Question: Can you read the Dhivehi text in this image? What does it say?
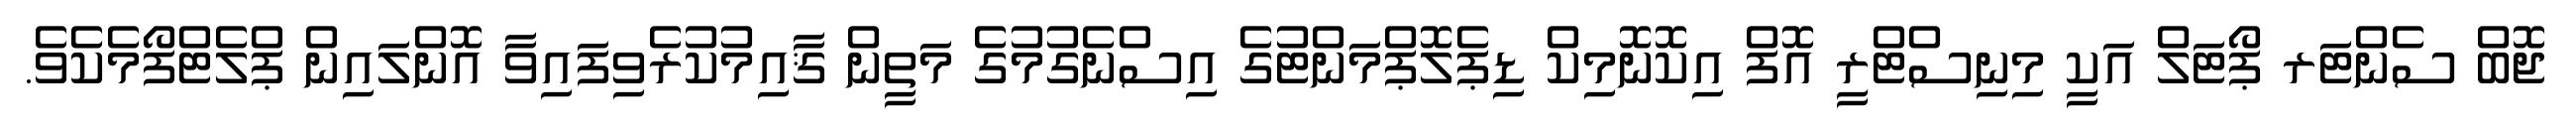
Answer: ޖޮބް ސެންޓަރ ޕޯޓަލް އަކީ މިނިސްޓްރީ އޮފް އިކޮނޮމިކް ޑިޕެލޮޕްމަންޓުގެ އިސްނެގުމުގެ މަތީން ޤާއިމުކުރެވިފައިވާ އޮންލައިން ޕްލެޓްފޯމެކެވެ.